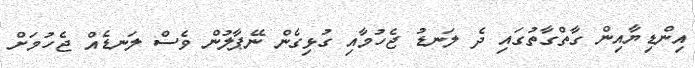
އިންޑިޔާއިން ގާތްގާތުގައި ދެ ލަނޑު ޖެހުމާއި ގުޅިގެން ނޭޕާލުން ވެސް ލަނޑެއް ޖެހުމަށް